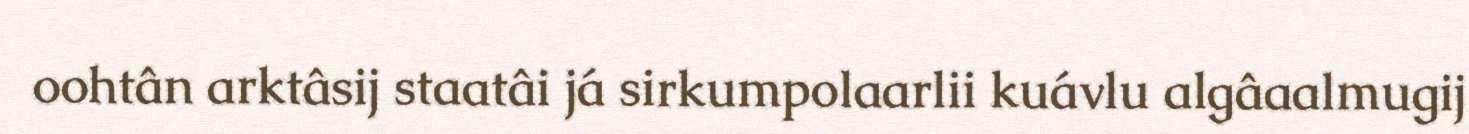
oohtân arktâsij staatâi já sirkumpolaarlii kuávlu algâaalmugij